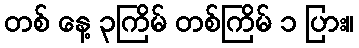
တစ် နေ့ ၃ကြိမ် တစ်ကြိမ် ၁ ပြား။